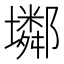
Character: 𡓏